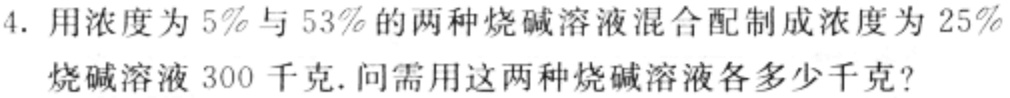
4. 用浓度为$5\%$与$53\%$的两种烧碱溶液混合配制成浓度为$25\%$

烧碱溶液$300$千克. 问需用这两种烧碱溶液各多少千克?